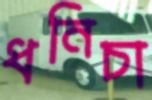
ধনিচা